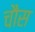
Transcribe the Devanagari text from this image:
चौस